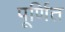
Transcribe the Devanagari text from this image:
पूर्णित